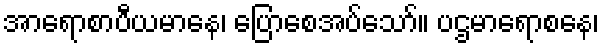
အာရောစာပီယမာနေ၊ ပြောစေအပ်သော်။ ပဌမာရောစနေ၊